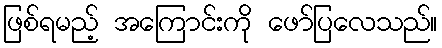
ဖြစ်ရမည့် အကြောင်းကို ဖော်ပြလေသည်။